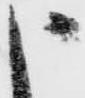
申